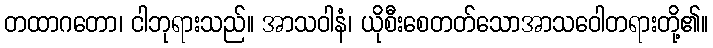
တထာဂတော၊ ငါဘုရားသည်။ အာသဝါနံ၊ ယိုစီးစေတတ်သောအာသဝေါတရားတို့၏။